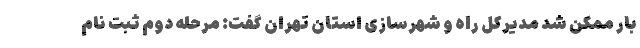
بار ممکن شد مدیرکل راه و شهرسازی استان تهران گفت: مرحله دوم ثبت نام